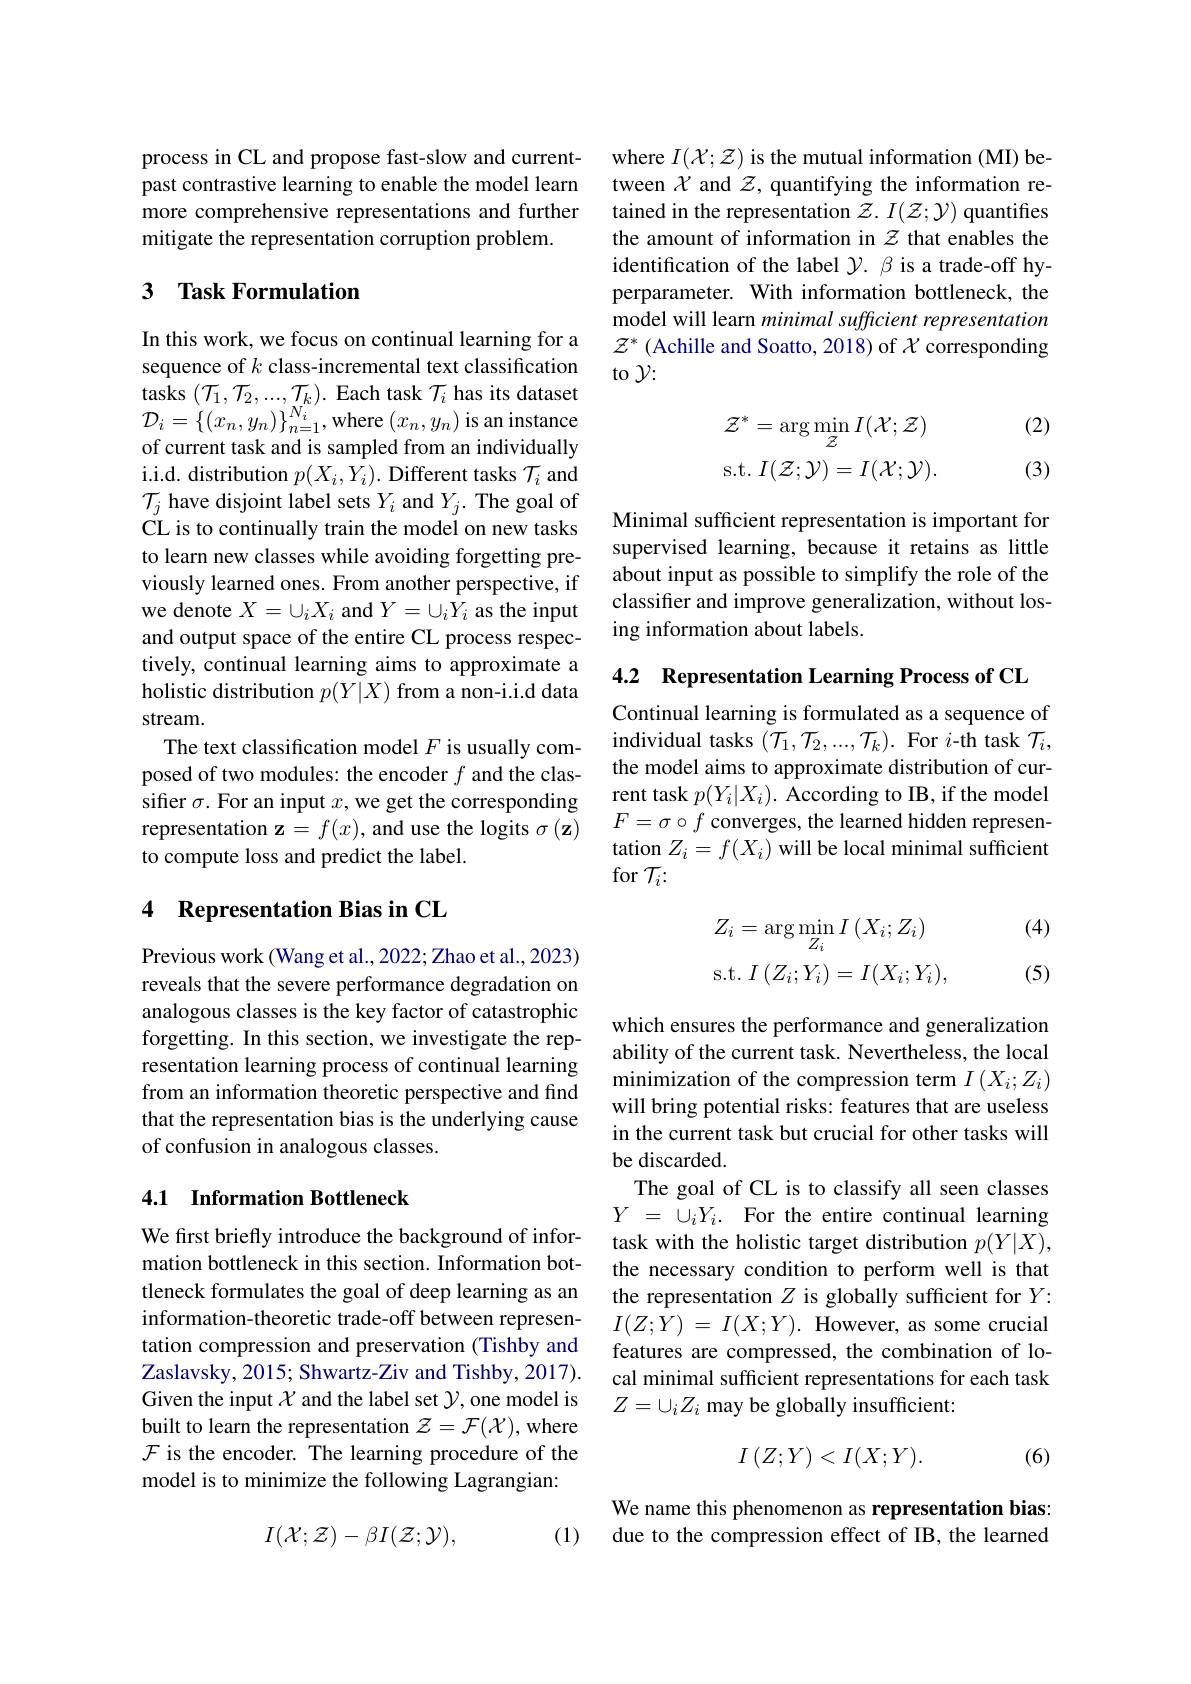
process in CL and propose fast-slow and current- where $I(\mathcal{X};\mathcal{Z})$ is the mutual information (MI) bepast contrastive learning to enable the model learn tween $\chi$ and $z$,quantifying the information remore comprehensive representations and further tained in the representation $z.I(\mathcal{Z};\mathcal{Y})$ quantifies mitigate the representation corruption problem.

## 3 Task Formulation

In this work, we focus on continual learning for a sequence of $k$ class-incremental text classification tasks $(\mathcal{T}_1,\mathcal{T}_2,...,\mathcal{T}_k).$ Each task $\mathcal{T}_i$ has its dataset $\mathcal{D}_{i}=\{(x_{n},y_{n})\}_{n=1}^{N_{i}}$,where$(x_n,y_{n})$is an instance of current task and is sampled from an individually i.i.d. distribution $p(X_i,Y_i).$ Different tasks $\mathcal{T}_i$ and $\mathcal{T}_{j}$ have disjoint label sets $Y_i$ and $Y_j.$ The goal of CL is to continually train the model on new tasks to learn new classes while avoiding forgetting previously learned ones. From another perspective, if we denote $X=\cup_iX_i$ and $Y=\cup_iY_i$ as the input and output space of the entire CL process respectively, continual learning aims to approximate a holistic distribution $p(Y|X)$ from a non-i.i.d data stream.
The text classification model $F$ is usually composed of two modules: the encoder $f$ and the classifer $\sigma.$ For an input $x$,we get the corresponding representation $\mathbf{z}=f(x)$, and use the logits $\sigma ( \mathbf{z} )$ $F= \sigma \circ f$ converges, the learned hidden represen-
to compute loss and predict the label.

# 4 Representation Bias in CL

Previous work (Wang et al., 2022; Zhao et al., 2023) reveals that the severe performance degradation on analogous classes is the key factor of catastrophic forgetting. In this section, we investigate the representation learning process of continual learning from an information theoretic perspective and find that the representation bias is the underlying cause of confusion in analogous classes.

## 4.1 Information Bottleneck

We first briefly introduce the background of information bottleneck in this section. Information bottleneck formulates the goal of deep learning as an information-theoretic trade-off between representation compression and preservation (Tishby and Zaslavsky, 2015; Shwartz-Ziv and Tishby, 2017). Given the input $\chi$ and the label set $\mathcal{Y}$, one model is built to learn the representation $\mathcal{Z}=\mathcal{F}(\mathcal{X})$,where $\mathcal{F}$ is the encoder. The learning procedure of the model is to minimize the following Lagrangian:

(1)
$$I(\mathcal X;\mathcal Z)-\beta I(\mathcal Z;\mathcal Y),$$
the amount of information in $z$ that enables the identification of the label $\mathcal{Y}.\beta$ is a trade-off hyperparameter. With information bottleneck, the model will learn minimal sufficient representation $\mathcal{Z}^*$ (Achille and Soatto, 2018) of $\mathcal{X}$ corresponding to $\gamma:$

(2)
$$\begin{aligned}\mathcal{Z}^{*}&=\arg\min_{\mathcal{Z}}I(\mathcal{X};\mathcal{Z})\\\mathrm{s.t.}&I(\mathcal{Z};\mathcal{Y})=I(\mathcal{X};\mathcal{Y}).\end{aligned}$$
(3)

Minimal sufficient representation is important for supervised learning, because it retains as little about input as possible to simplify the role of the classifer and improve generalization, without losing information about labels.

4.2 Representation Learning Process of CL

Continual learning is formulated as a sequence of individual tasks $(\mathcal{T}_1,\mathcal{T}_2,...,\mathcal{T}_k).$ For $i$-th task $\mathcal{T}_i$, the model aims to approximate distribution of current task $p(Y_i|X_i).$ According to IB, if the model tation $Z_i=f(X_i)$ will be local minimal sufficient for $\mathcal{T}_i:$

(4)
$$\begin{aligned}&Z_{i}=\arg\min_{Z_{i}}I\left(X_{i};Z_{i}\right)\\&\mathrm{s.t.}\:I\:(Z_{i};Y_{i})=I(X_{i};Y_{i}),\end{aligned}$$
(5)

which ensures the performance and generalization ability of the current task. Nevertheless, the local minimization of the compression term $I\left(X_i;Z_i\right)$ will bring potential risks: features that are useless in the current task but crucial for other tasks will be discarded.
The goal of CL is to classify all seen classes $Y$ = $\cup _iY_i.$ For the entire continual learning task with the holistic target distribution $p(Y|X)$, the necessary condition to perform well is that the representation $Z$ is globally sufficient for $Y:$ $I( Z; Y)$ = $I( X; Y) .$ ${\mathrm{However, ~as~some~crucial}}$ features are compressed, the combination of local minimal sufficient representations for each task $Z=\cup_iZ_i$ may be globally insufficient:
$$I\left(Z;Y\right)<I(X;Y).$$
(6)

We name this phenomenon as representation bias: due to the compression effect of IB, the learned